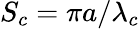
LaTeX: S_{c}=\pi a/\lambda_{c}